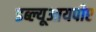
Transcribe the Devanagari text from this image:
डब्ल्यूआयपीए